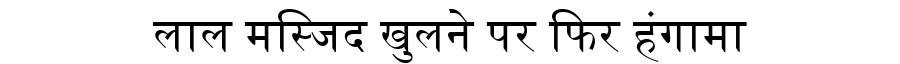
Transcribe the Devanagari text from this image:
लाल मस्जिद खुलने पर फिर हंगामा